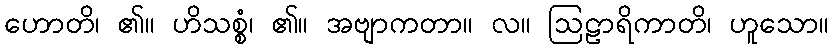
ဟောတိ၊ ၏။ ဟိသစ္စံ၊ ၏။ အဗျာကတာ။ လ။ ဩဠာရိကာတိ၊ ဟူသော။